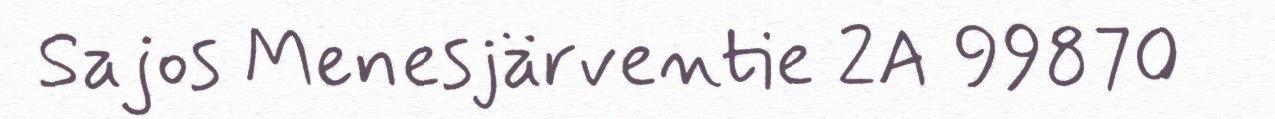
Sajos Menesjärventie 2A 99870